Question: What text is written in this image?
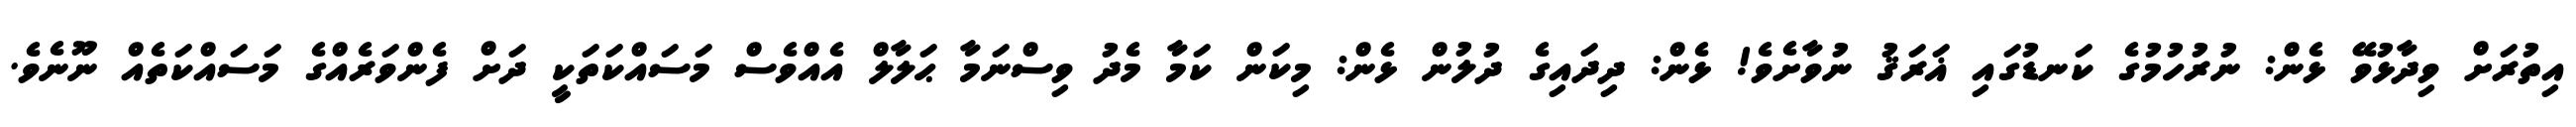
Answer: އިތުރަށް ވިދާޅުވޭ ޅެން: ނުރުހުމުގެ ކަނޑުގައި ޣަރަޤު ނުވާށެވެ! ޅެން: ދިދައިގެ ދުލުން ޅެން: މިކަން ކަމާ މެދު ވިސްނަމާ ޙަލާލް އެއްވެސް މަސައްކަތަކީ ދަށް ފެންވަރެއްގެ މަސައްކަތެއް ނޫނެވެ.